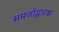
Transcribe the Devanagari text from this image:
समजोद्धारक